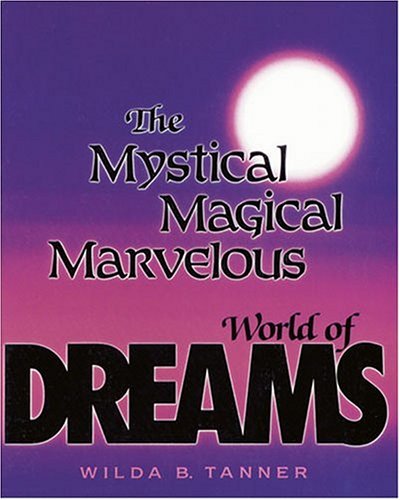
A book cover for The Mystical, Magical, Marvelous World of Dreams; Wilda B. Tanner; Self-Help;